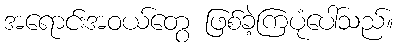
အရောင်းအဝယ်တွေ ဖြစ်ခဲ့ကြပုံပေါ်သည်။